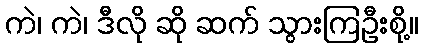
ကဲ၊ ကဲ၊ ဒီလို ဆို ဆက် သွားကြဦးစို့။